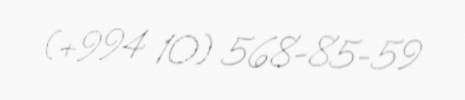
(+994 10) 568-85-59